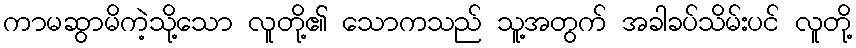
ကာမဆွာမိကဲ့သို့သော လူတို့၏ သောကသည် သူ့အတွက် အခါခပ်သိမ်းပင် လူတို့